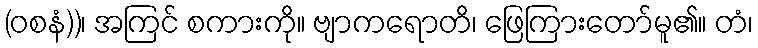
(ဝစနံ))၊ အကြင် စကားကို။ ဗျာကရောတိ၊ ဖြေကြားတော်မူ၏။ တံ၊